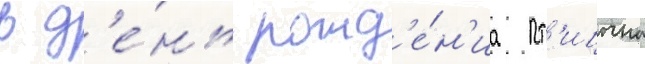
в д'е́нь рожд'е́н'иа пт'ицына